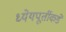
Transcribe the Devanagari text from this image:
ध्येयपूर्तीकडे